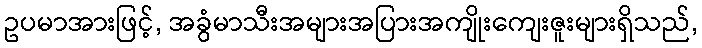
ဥပမာအားဖြင့်, အခွံမာသီးအများအပြားအကျိုးကျေးဇူးများရှိသည်,